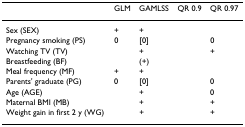
<table><thead><tr><td>[EMPTY_CELL]</td><td><b>GLM</b></td><td><b>GAMLSS</b></td><td><b>QR 0.9</b></td><td><b>QR 0.97</b></td></tr></thead><tbody><tr><td>Sex (SEX)</td><td>+</td><td>+</td><td>[EMPTY_CELL]</td><td>[EMPTY_CELL]</td></tr><tr><td>Pregnancy smoking (PS)</td><td>0</td><td>[0]</td><td>[EMPTY_CELL]</td><td>0</td></tr><tr><td>Watching TV (TV)</td><td>[EMPTY_CELL]</td><td>+</td><td>[EMPTY_CELL]</td><td>+</td></tr><tr><td>Breastfeeding (BF)</td><td>[EMPTY_CELL]</td><td>(+)</td><td>[EMPTY_CELL]</td><td>[EMPTY_CELL]</td></tr><tr><td>Meal frequency (MF)</td><td>+</td><td>+</td><td>[EMPTY_CELL]</td><td>[EMPTY_CELL]</td></tr><tr><td>Parents' graduate (PG)</td><td>0</td><td>[0]</td><td>[EMPTY_CELL]</td><td>0</td></tr><tr><td>Age (AGE)</td><td>[EMPTY_CELL]</td><td>+</td><td>[EMPTY_CELL]</td><td>0</td></tr><tr><td>Maternal BMI (MB)</td><td>[EMPTY_CELL]</td><td>+</td><td>[EMPTY_CELL]</td><td>+</td></tr><tr><td>Weight gain in first 2 y (WG)</td><td>[EMPTY_CELL]</td><td>+</td><td>[EMPTY_CELL]</td><td>+</td></tr></tbody></table>